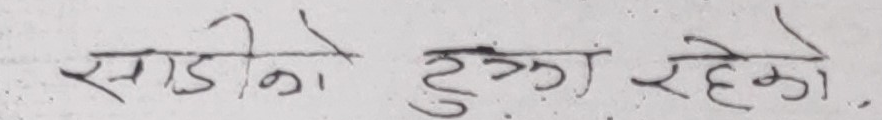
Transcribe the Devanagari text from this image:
साडीको टुक्रा रहेको।